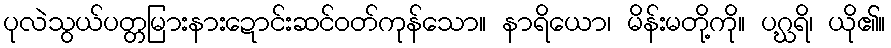
ပုလဲသွယ်ပတ္တမြားနားဍောင်းဆင်ဝတ်ကုန်သော။ နာရိယော၊ မိန်းမတို့ကို။ ပဂ္ဃရိ၊ ယို၏။